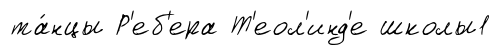
та́нцы Р'еб'ера Т'еол'инд'е школы1